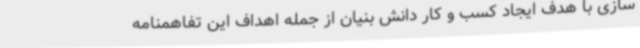
سازی با هدف ایجاد کسب و کار دانش بنیان از جمله اهداف این تفاهمنامه